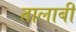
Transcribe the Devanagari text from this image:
तालाबी